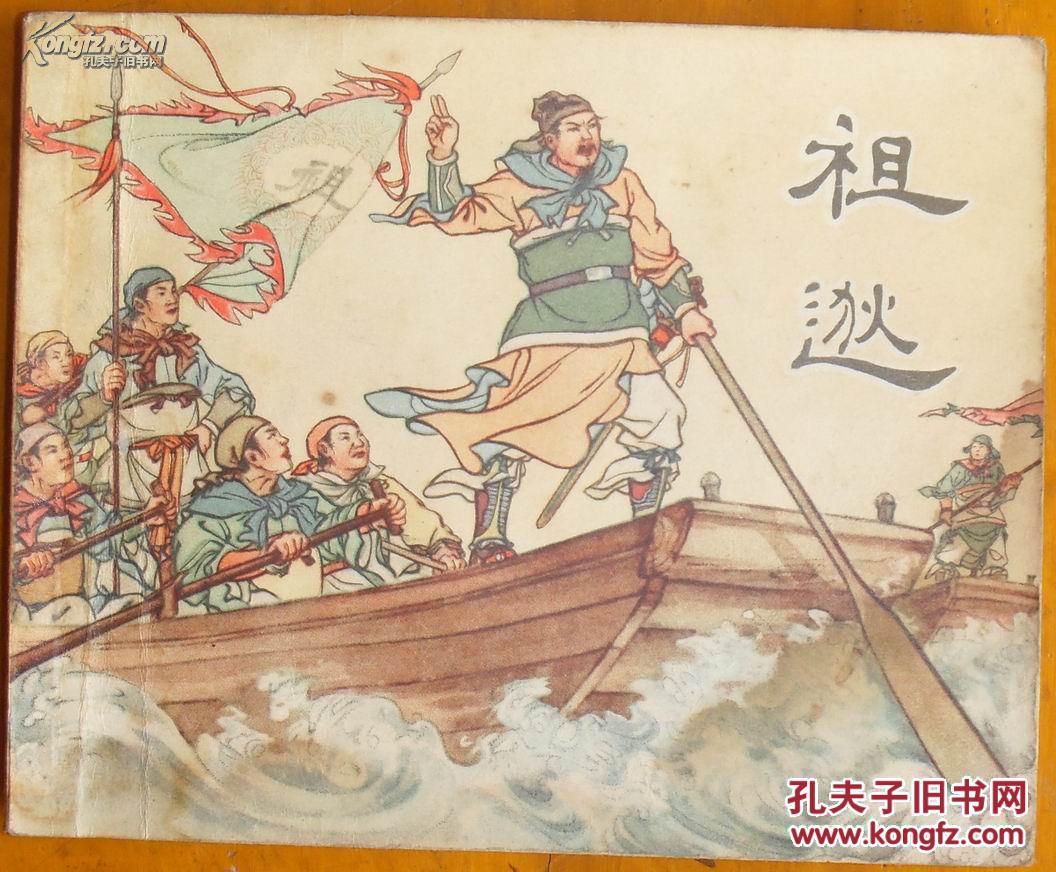
击楫中流，曾记泪沾裳。